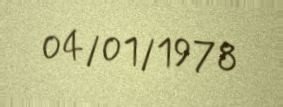
04/01/1978